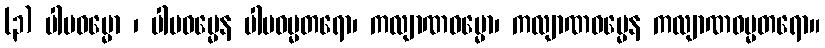
(၃) ပါပဓမ္မော ၊ ပါပဓမ္မေန ပါပဓမ္မတရော၊ ကလျာဏဓမ္မော၊ ကလျာဏဓမ္မေန ကလျာဏဓမ္မတရော။